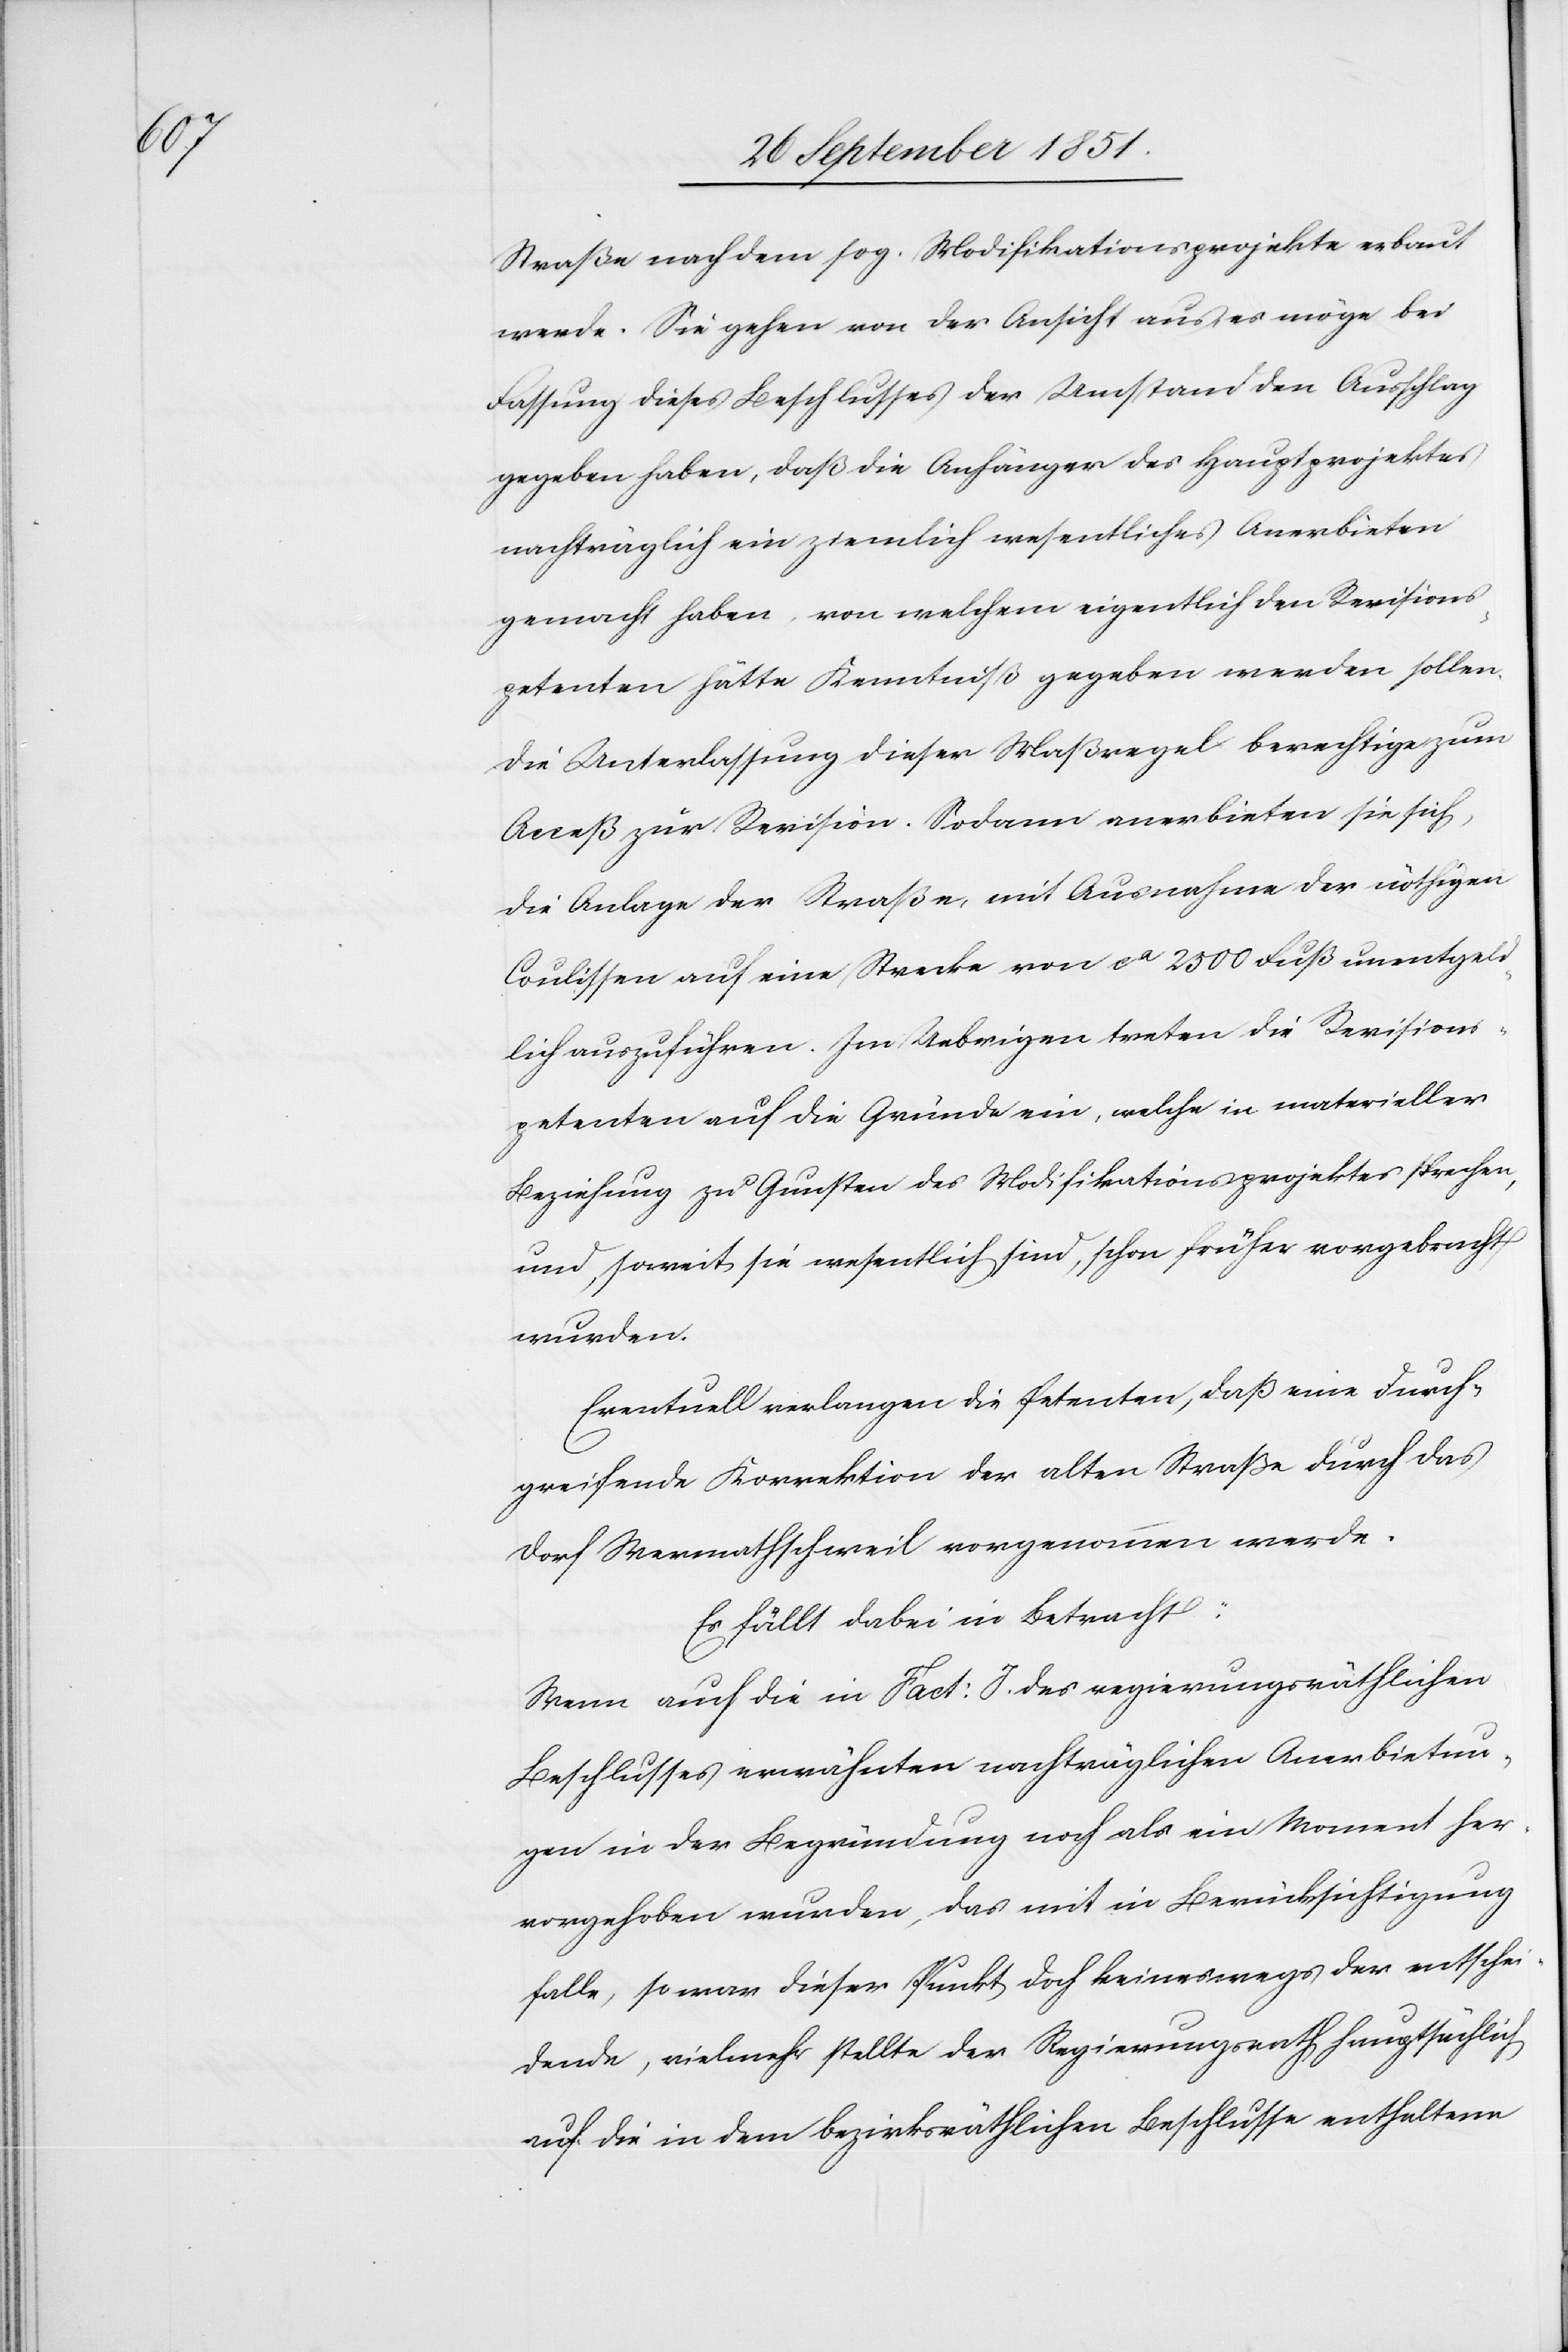
Straße nach dem sog. Modifikationsprojekte erbaut
werde. Sie gehen von der Ansicht aus, es möge bei
Fassung dieses Beschlusses der Umstand den Ausschlag
gegeben haben, daß die Anhänger des Hauptprojektes
nachträglich ein ziemlich wesentliches Anerbieten
gemacht haben, von welchem eigentlich den Revisions¬
petenten hätte Kenntniß gegeben werden sollen.
Die Unterlassung dieser Maßregel berechtige zum
Acceß zur Revision. Sodann anerbieten sie sich,
die Anlage der Straße, mit Ausnahme der nöthigen
Coulissen auf eine Strecke von ca 2500 Fuß unentgeld¬
lich auszuführen. Im Uebrigen treten die Revisions¬
petenten auf die Gründe ein, welche in materieller
Beziehung zu Gunsten des Modifikationsprojektes sprechen,
und, soweit sie wesentlich sind, schon früher vorgebracht
wurden.
Eventuell verlangen die Petenten, daß eine durch¬
greifende Korrektion der alten Straße durch das
Dorf Wermathschweil vorgenommen werde.
Es fällt dabei in Betracht:
Wenn auch die in Fact: I. des regierungsräthlichen
Beschlusses erwähnten nachträglichen Anerbietun¬
gen in der Begründung noch als ein Moment her¬
vorgehoben wurden, das mit in Berücksichtigung
falle, so war dieser Punkt doch keineswegs der entschei¬
dende, vielmehr stellte der Regierungsrath hauptsächlich
auf die in dem bezirksräthlichen Beschlusse enthaltene